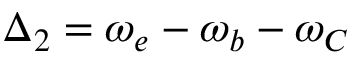
\Delta _ { 2 } = \omega _ { e } - \omega _ { b } - \omega _ { C }